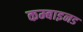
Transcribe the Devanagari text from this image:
कम्बाइनड